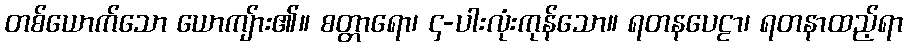
တစ်ယောက်သော ယောကျ်ား၏။ စတ္တာရော၊ ၄-ပါးလုံးကုန်သော။ ရတနပေဠာ၊ ရတနာထည့်ရာ